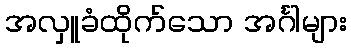
အလှူခံထိုက်သော အင်္ဂါများ